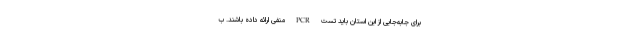
برای جابه‌جایی از این استان باید تست PCR منفی ارائه داده باشند. ب